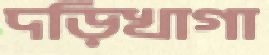
দড়িখাগা